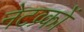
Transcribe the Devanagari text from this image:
नेटव्र्कों